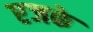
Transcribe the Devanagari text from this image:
एजके